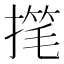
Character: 𫽳